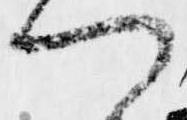
つ